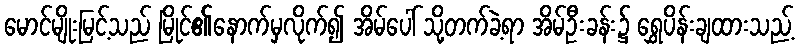
မောင်မျိုးမြင့်သည် မြိုင်၏နောက်မှလိုက်၍ အိမ်ပေါ် သို့တက်ခဲ့ရာ အိမ်ဦးခန်း၌ ရွှေပိန်းချထားသည့်